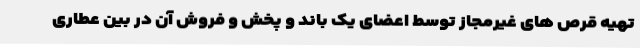
تهیه قرص های غیرمجاز توسط اعضای یک باند و پخش و فروش آن در بین عطاری